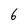
Character: 6